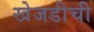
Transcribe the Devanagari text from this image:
खेजडीची